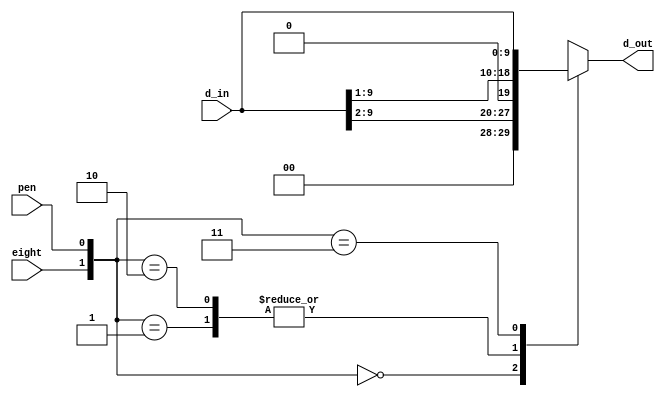
`timescale 1ns / 1ps
//////////////////////////////////////////////////////////////////////////////////
//
// Module Name: remapping
//
// Description: The Remapping module "right justifies" the shift register of the
// receive engine, allowing d_out[6:0] to always contain the data bits of a
// transmission while d_out[9:7] holds any auxiliary bits and the stop bit.
// 
// 
//////////////////////////////////////////////////////////////////////////////////


module remapping(
    input [9:0] d_in,
    input eight,
    input pen,
    output reg [9:0] d_out
    );

    always @ *
        case ({eight, pen})
            2'b00: d_out = {2'b00, d_in[9:2]};
            2'b01: d_out = {1'b0, d_in[9:1]};
            2'b10: d_out = {1'b0, d_in[9:1]};
            2'b11: d_out = d_in;
        endcase

endmodule